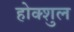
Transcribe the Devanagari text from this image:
होक्शुल